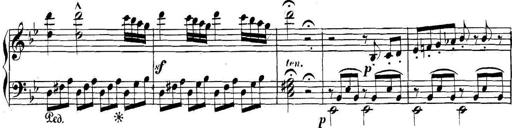
Title: Collected Piano Sonatas
Composer: Muzio Clementi